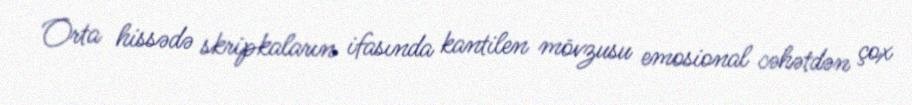
Orta hissədə skripkaların ifasında kantilen mövzusu emosional cəhətdən çox